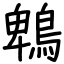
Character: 鵯